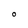
Character: O